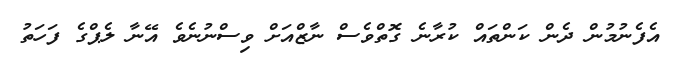
އެފެނުމުން ދެން ކަންތައް ކުރާނެ ގޮތްވެސް ނާޒްއަށް ވިސްނުނެވެ އޭނާ ލެޕްގެ ފަހަތު